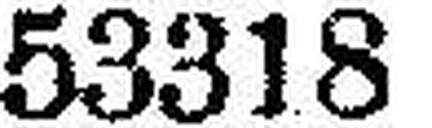
53318